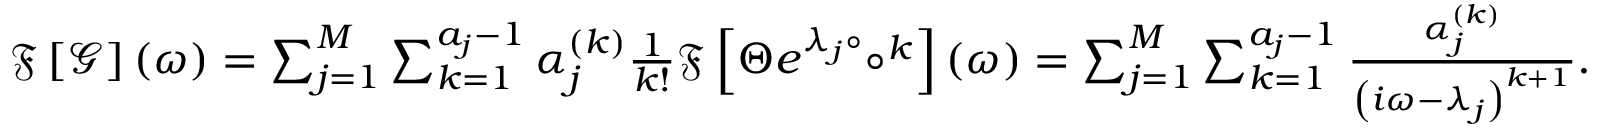
\begin{array} { r } { \mathfrak { F } \left[ \mathcal { G } \right] ( \omega ) = \sum _ { j = 1 } ^ { M } \sum _ { k = 1 } ^ { a _ { j } - 1 } \alpha _ { j } ^ { ( k ) } \frac { 1 } { k ! } \mathfrak { F } \left[ \Theta e ^ { \lambda _ { j } \circ } \circ ^ { k } \right] ( \omega ) = \sum _ { j = 1 } ^ { M } \sum _ { k = 1 } ^ { a _ { j } - 1 } \frac { \alpha _ { j } ^ { ( k ) } } { \left( i \omega - \lambda _ { j } \right) ^ { k + 1 } } . } \end{array}